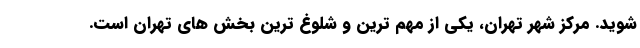
شوید. مرکز شهر تهران، یکی از مهم ترین و شلوغ ترین بخش های تهران است.